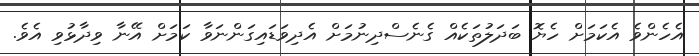
އެހެންވެ އެކަމަށް ހެޔޮ ބަދަލުތަކެއް ގެނެސްދިނުމަށް އެދިވަޑައިގަންނަވާ ކަމަށް އޭނާ ވިދާޅުވި އެވެ.